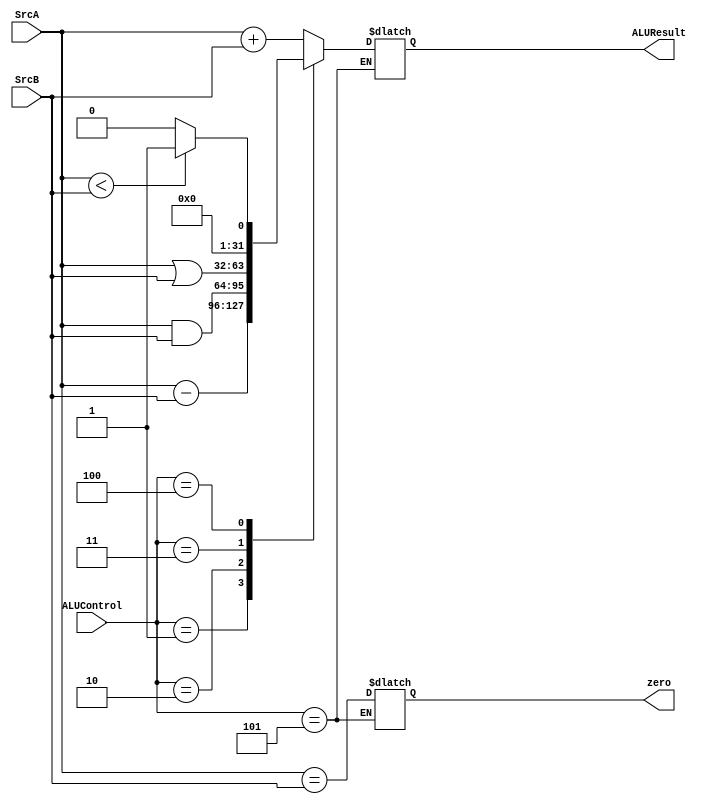
module ALU(
    input [31:0] SrcA, SrcB,
    input [2:0] ALUControl,
    output reg zero,
    output reg [31:0] ALUResult 
);
    always @(*) begin
        case(ALUControl)
            3'b000: ALUResult <= SrcA + SrcB; // Addition
            3'b001: ALUResult <= SrcA - SrcB; // Subtraction
            3'b010: ALUResult <= SrcA & SrcB; // AND operation
            3'b011: ALUResult <= SrcA | SrcB; // OR operation
            3'b100: ALUResult <= (SrcA < SrcB) ? 1 : 0 ; // SLT (set less than) operation
            3'b101: zero <= (SrcA == SrcB); // BEQ (Branch if equal) operation
            default: ALUResult <= 32'bx; // DONT CARE
        endcase
    end
endmodule